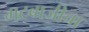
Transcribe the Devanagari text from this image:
गटबाजीचा